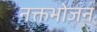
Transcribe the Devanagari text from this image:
नक्तभोजन